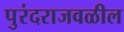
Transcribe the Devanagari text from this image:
पुरंदराजवळील